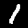
Label: 1